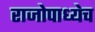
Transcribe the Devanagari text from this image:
राजोपाध्येच